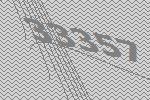
33357